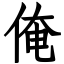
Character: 俺